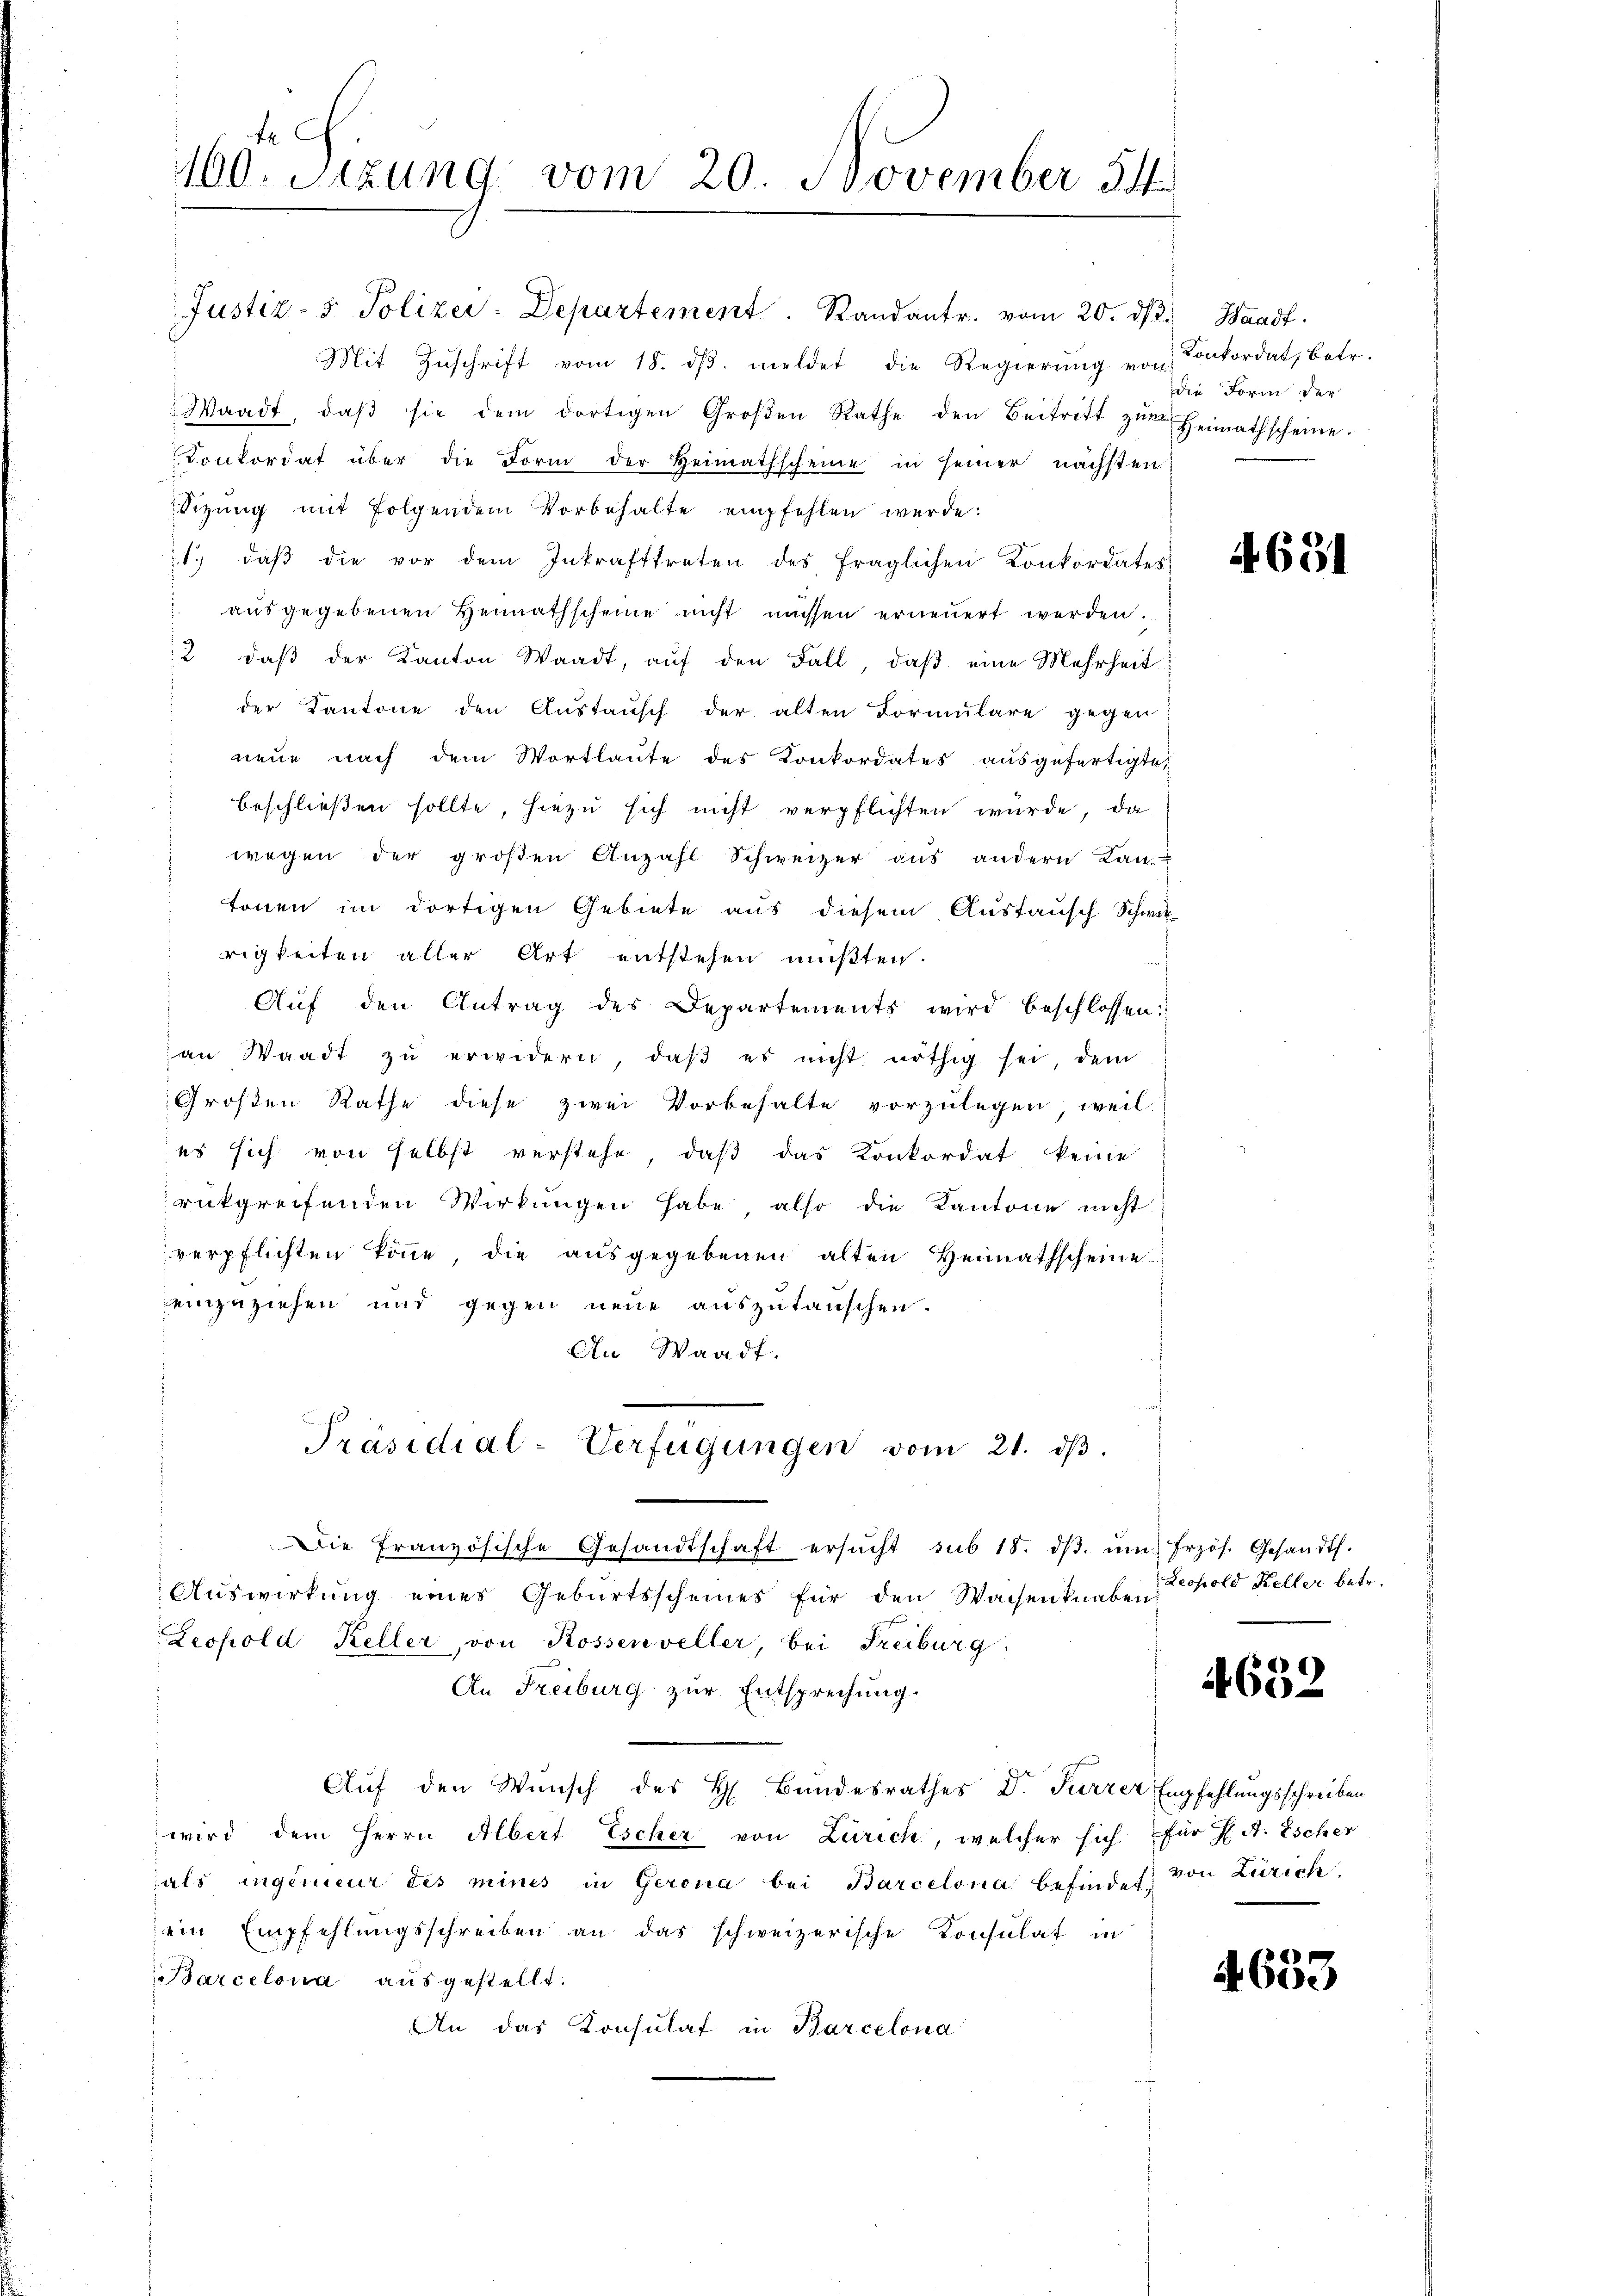
te
100. Sitzung vom 20. November 14

Mit Zŭschrift vom 18. dβ. meldet die Regierŭng von Konkordat, betr.
Waadt, daβ sie dem dortigen Groβen Rathe den Beitritt zŭr Heimathscheine.
Conkordat über die Form der Heimathscheine in seiner nächsten:
Sitzung mit folgendem Vorbehalte empfehlen werde:
11. daβ die vor dem Inkrafttreten des fraglichen Konkordates
 aŭsgegebenen Heimathscheine nicht müssen erneuert werden.
2 daβ der Kanton Waadt, aŭf den Fall, daβ eine Mehrheit
der Kantone den Aŭstaŭsch der alten Formŭlare gegen
neue nach dem Wortlaute des Konkordates ausgefertigte
beschließen sollte, hiezu sich nicht verpflichten würde, da
wegen der groβen Anzahl Schweizer aŭs andern Kan-
tönen im dortigen Gebiete aus diesem Austausch Schwie
rigkeiten aller Art entstehen mußten.
Aŭf den Antrag des Departements wird beschlossen:
an Waadt zŭ erwidern, daβ es nicht nöthig sei, dem
Großen Rathe diese zwei Vorbehalte vorzulegen, weil
es sich von selbst verstehe, daβ das Konkordat keine
rückgreifenden Wirkungen habe also die Kantone nicht
verpflichten könne, die ausgegebenen alten Heimathscheine
einzuziehen und gegen neue auszutauschen.
An Waadt.
Präsidial-Verfügŭngen vom 21. dβ.
Die Französische Gesandtschaft ersŭcht sub 18. dβ. ŭm frzös. Gesandt.
Auswirkung eines Geburtsscheines für den Waisenknaben
Zeopold Keller, von Rossenveller, bei Freiburg
An Freiburg zur Entsprechung.
Auf den Wunsch des H. Bundesrathes Dr. Furrer Empfehlungsschreiben
wird dem Herrn Albert Escher von Zürich, welcher sich für J. A. Escher
als ingenieur des mines in Gerona bei Barcelona befindet, von Zürich
ein Empfehlungsschreiben an das schweizerische Konsulat in
Barcelona ausgestellt.
An das Konsulat in Barcelona

Justiz- & Polizei-Departement. Standantr. vom 20. dβ. Waadt.

die Form der

4691

Leopold Keller betr.

4632

633